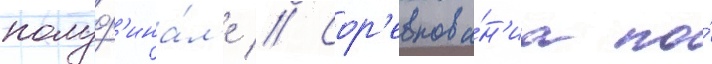
полуф'ина́л'е // Сор'евнова́н'иа по́